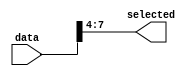
module part_select_example (
    input wire [15:0] data,      // 16-bit input vector
    output wire [3:0] selected   // 4-bit output vector
);

// Continuous assignment using part select
assign selected = data[7:4];    // Assign bits 7 to 4 of 'data' to 'selected'

endmodule